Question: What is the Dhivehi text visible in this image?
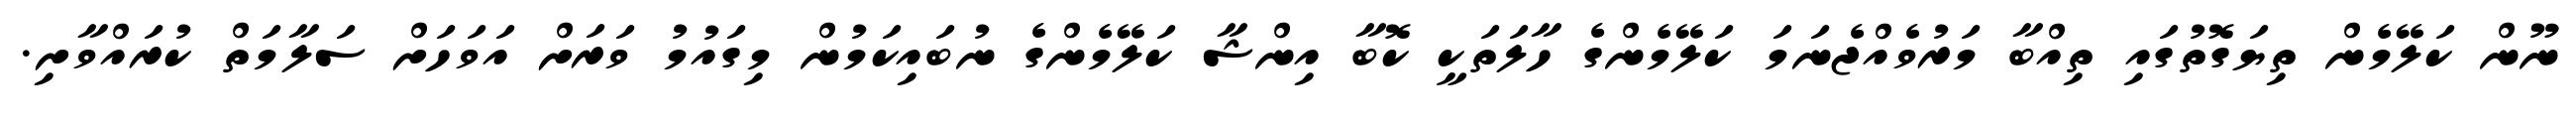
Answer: ނޫން ކަލޭމެން ތިޔަގޮތުގައި ތިއްބާ މަރުވެއްޖެނަމަ ކަލޭމެންގެ ހާލަތަކީ ކޮބާ އިންޝާ ކަލޭމެންގެ ނުބައިކަމުން މިގައުމު ވަރަށް އަވަހަށް ސަލާމަތް ކުރައްވާށި.